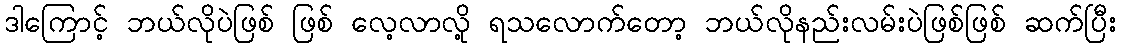
ဒါကြောင့် ဘယ်လိုပဲဖြစ် ဖြစ် လေ့လာလို့ ရသလောက်တော့ ဘယ်လိုနည်းလမ်းပဲဖြစ်ဖြစ် ဆက်ပြီး